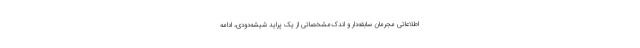
اطلاعاتی مجرمان سابقه‌دار و اندک‌مشخصاتی از یک پراید شیشه‌دودی، ادامه